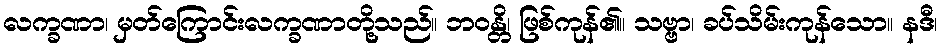
လက္ခဏာ၊ မှတ်ကြောင်းလက္ခဏာတို့သည်။ ဘဝန္တိ၊ ဖြစ်ကုန်၏။ သဗ္ဗာ၊ ခပ်သိမ်းကုန်သော။ နဒီ၊